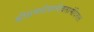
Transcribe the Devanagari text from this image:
श्रीसमर्थवाग्देवतामंदिरात